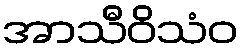
အာသီဝိသံဝ